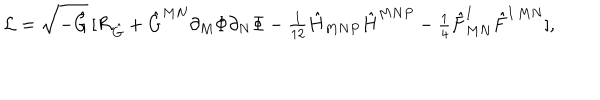
LaTeX: { \cal L } = \sqrt { - \hat { G } } \, [ { \cal R } _ { \hat { G } } + \hat { G } ^ { M N } \partial _ { M } \Phi \partial _ { N } \Phi - { \textstyle { \frac { 1 } { 1 2 } } } \hat { H } _ { M N P } \hat { H } ^ { M N P } - { \textstyle { \frac { 1 } { 4 } } } \hat { F } _ { M N } ^ { I } \hat { F } ^ { I \, M N } ] ,